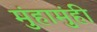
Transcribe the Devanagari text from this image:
मुंहामुंही